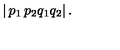
\left| \begin{matrix} { p _ { 1 } } & { p _ { 2 } } \\ { q _ { 1 } } & { q _ { 2 } } \\ \end{matrix} \right| .